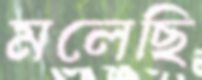
মলেছি